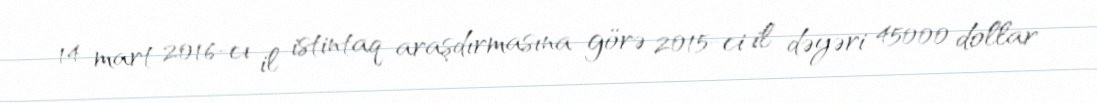
14 mart 2016-cı il istintaq araşdırmasına görə 2015-ci il dəyəri 45000 dollar